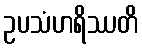
ဥပသံဟရိဿတိ